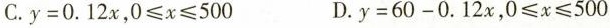
C.$$y = 0 . 1 2 x$$，$$0 ≤ x ≤ 5 0 0$$ D.$$y = 6 0 - 0 . 1 2 x$$，$$0 ≤ x ≤ 5 0 0$$